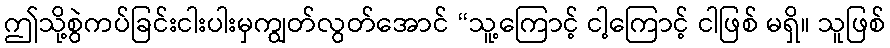
ဤသို့စွဲကပ်ခြင်းငါးပါးမှကျွတ်လွတ်အောင် “သူ့ကြောင့် ငါ့ကြောင့် ငါဖြစ် မရှိ။ သူဖြစ်